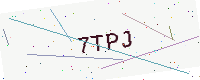
Text: 7TPJ